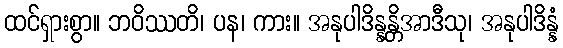
ထင်ရှားစွာ။ ဘဝိဿတိ၊ ပန၊ ကား။ အနုပါဒိန္နန္တိအာဒီသု၊ အနုပါဒိန္နံ